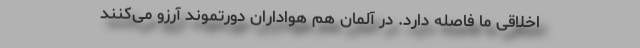
اخلاقی ما فاصله دارد. در آلمان هم هواداران دورتموند آرزو می‌کنند